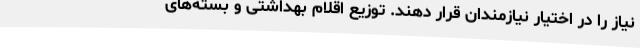
نیاز را در اختیار نیازمندان قرار دهند. توزیع اقلام بهداشتی و بسته‌های